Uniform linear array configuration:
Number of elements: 16
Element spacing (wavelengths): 0.75
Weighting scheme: cosine
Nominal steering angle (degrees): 0
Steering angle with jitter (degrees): -0.1935
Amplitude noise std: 0.05
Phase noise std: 0.05

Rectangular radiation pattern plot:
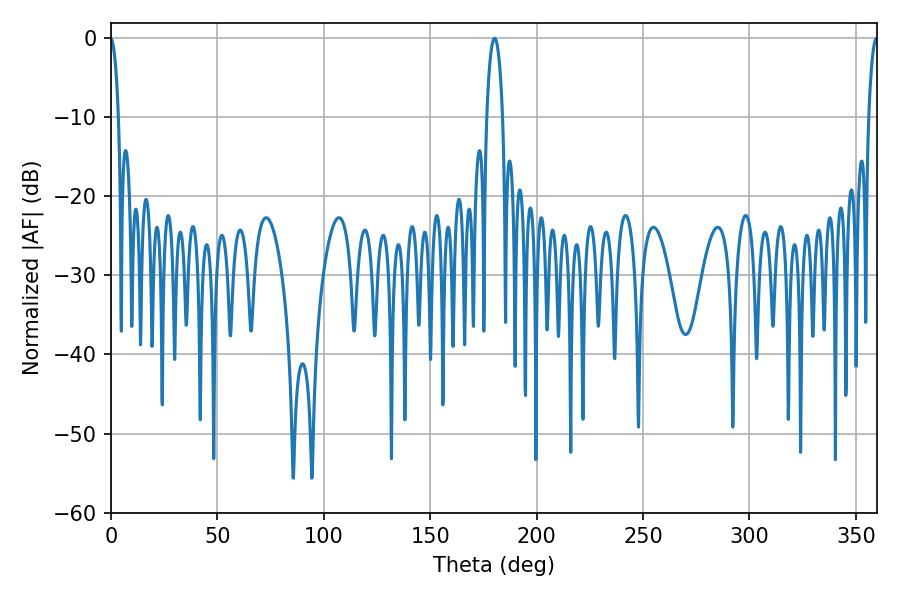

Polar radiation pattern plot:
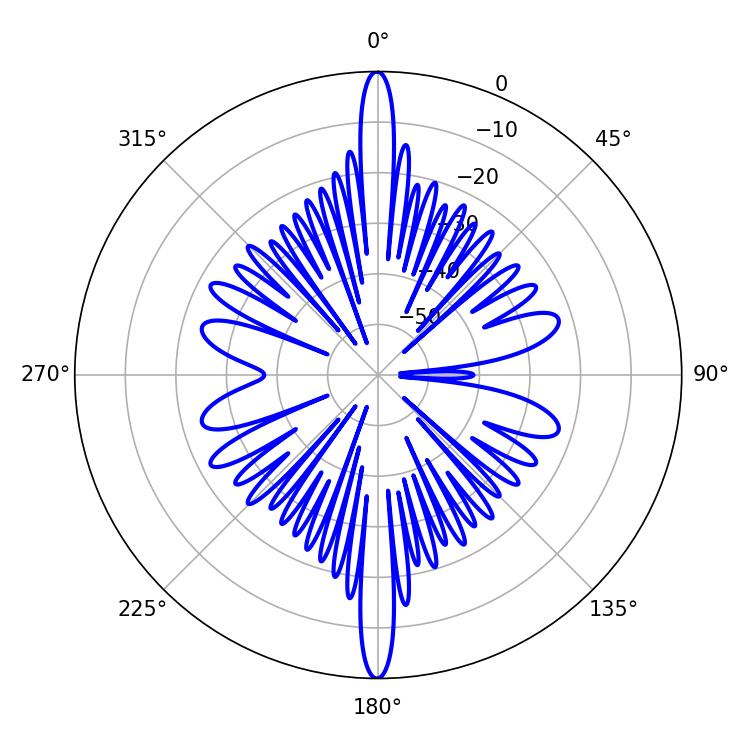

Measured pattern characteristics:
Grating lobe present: TRUE
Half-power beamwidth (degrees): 4.14
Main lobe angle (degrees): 180.18